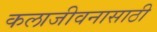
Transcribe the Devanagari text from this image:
कलाजीवनासाठी